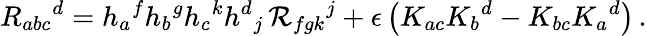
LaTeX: R_{abc}{}^{d}=h_{a}{}^{f}h_{b}{}^{g}h_{c}{}^{k}h^{d}{}_{j}\, {\mathcal R}_{fgk}{}^{j}+\epsilon\left(K_{ac}K_{b}{}^{d}-K_{bc}K_{a}{}^{d}\right)\, .